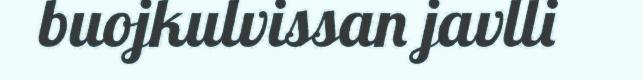
buojkulvissan javlli